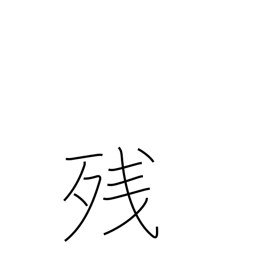
Meaning: balance